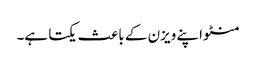
منٹو اپنے ویزن کے باعث یکتا ہے۔